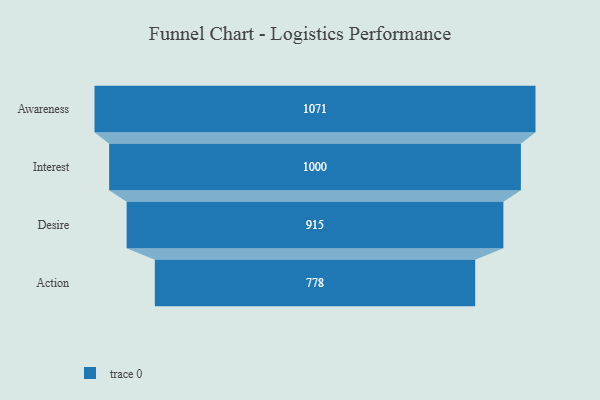
{"axis": {"x": "Stage", "y": "Value"}, "legend": [""], "data": [{"x": "Awareness", "y": 1071.0, "type": ""}, {"x": "Interest", "y": 1000.0, "type": ""}, {"x": "Desire", "y": 915.0, "type": ""}, {"x": "Action", "y": 778.0, "type": ""}]}